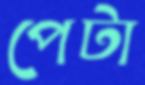
পেটা